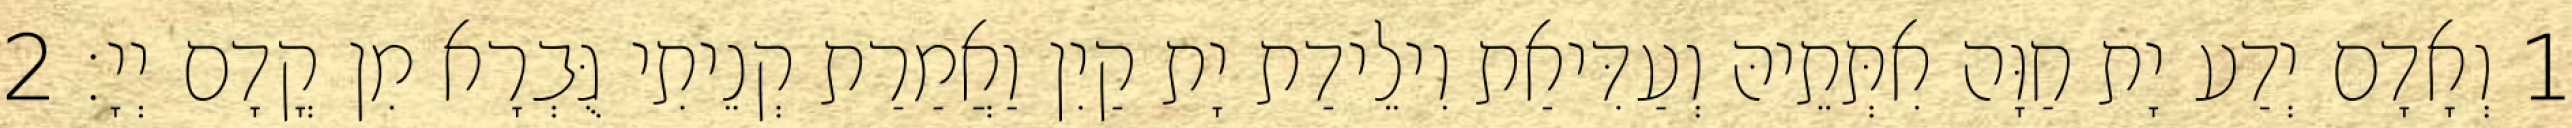
1 וְאָדָם יְדַע יָת חַוָּה אִתְּתֵיהּ וְעַדִּיאַת וִילֵידַת יָת קַיִן וַאֲמַרַת קְנֵיתִי גֻּבְרָא מִן קֳדָם יְיָ׃ 2